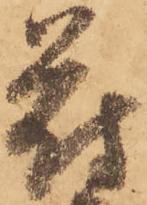
符